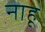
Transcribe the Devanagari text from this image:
नाहू